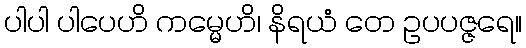
ပါပါ ပါပေဟိ ကမ္မေဟိ၊ နိရယံ တေ ဥပပဇ္ဇရေ။